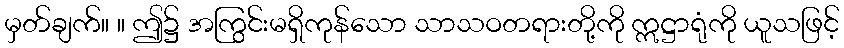
မှတ်ချက်။ ။ ဤ၌ အကြွင်းမရှိကုန်သော သာသဝတရားတို့ကို ဣဋ္ဌာရုံကို ယူသဖြင့်